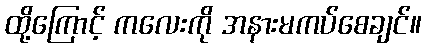
ထို့ကြောင့် ကလေးကို အနားမကပ်စေချင်။